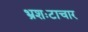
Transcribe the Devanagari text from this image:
भ्रशःटाचार